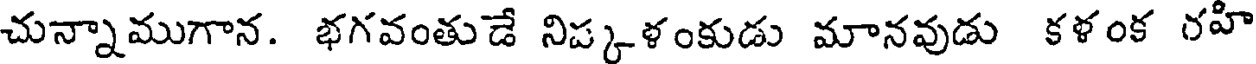
చున్నాముగాన. భగవంతుడే నిప్కళంకుడు మానవుడు కళంక రహి